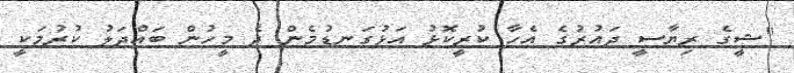
"ޝީގެ ރިޔާސީ ދައުރުގެ އެހާ ކުރީކޮޅު އަޅުގަނޑުމެން ދެ މީހުން ބައްދަލު ކުރުމަކީ